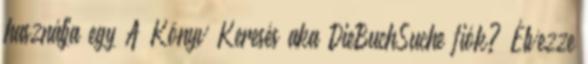
használja egy A Könyv Keresés aka DieBuchSuche fiók? Élvezze